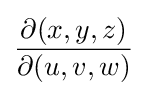
{\frac {\partial (x,y,z)}{\partial (u,v,w)}}